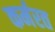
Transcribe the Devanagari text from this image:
कर्मरत